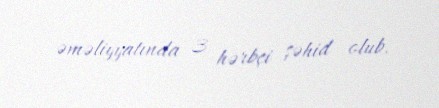
əməliyyatında 3 hərbçi şəhid olub.